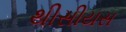
થીસીયસ